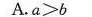
A. $$a > b$$